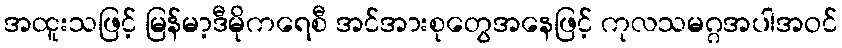
အထူးသဖြင့် မြန်မာ့ဒီမိုကရေစီ အင်အားစုတွေအနေဖြင့် ကုလသမဂ္ဂအပါအဝင်